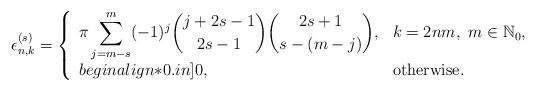
LaTeX: \begin{align*}\epsilon_{n,k}^{(s)}=\left\{\begin{array}{ll}\displaystyle \pi\sum_{j=m-s}^m(-1)^j{{j+2s-1}\choose{2s-1}}{{2s+1}\choose {s-(m-j)}}, & k=2nm, \ m\in\mathbb{N}_0, \\begin{align*}0.in] 0, & \mbox{\rm{otherwise}}. \\\end{array}\right.\end{align*}